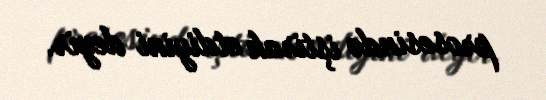
prosesində iştirak etdiyini deyir.